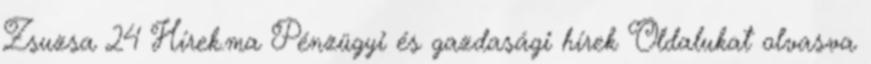
Zsuzsa 24 Hírek.ma Pénzügyi és gazdasági hírek Oldalukat olvasva